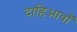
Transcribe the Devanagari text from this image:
दाहिआवाँ